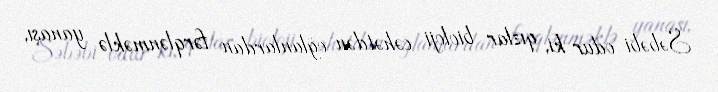
Səbəbi odur ki, qızlar bioloji cəhətdən oğlanlardan fərqlənməklə yanaşı,